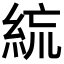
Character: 𥿼